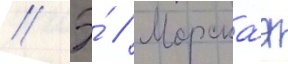
// Э́ // Морска́я